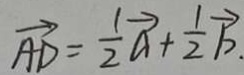
\overrightarrow { A D } = \frac { 1 } { 2 } \overrightarrow { a } + \frac { 1 } { 2 } \overrightarrow { b }